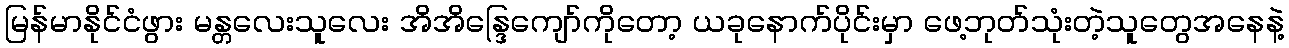
မြန်မာနိုင်ငံဖွား မန္တလေးသူလေး အိအိန္ဒြေကျော်ကိုတော့ ယခုနောက်ပိုင်းမှာ ဖေ့ဘုတ်သုံးတဲ့သူတွေအနေနဲ့